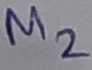
Text: M2